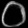
Digit: ၀